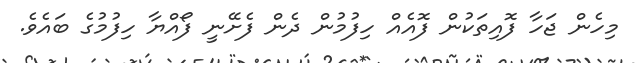
މިހެން ޖަހާ ފޮއިތަކުން ފޮއެއް ހިފުމުން ދެން ފެށޭނީ ފޯއްޔާ ހިފުމުގެ ބައެވެ.